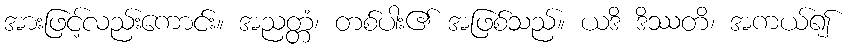
အားဖြင့်လည်းကောင်း။ အညတ္တံ၊ တစ်ပါး၏ အဖြစ်သည်။ ယဒိ ဒိဿတိ၊ အကယ်၍